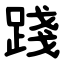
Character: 踐